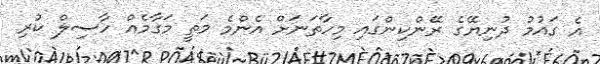
އެ ގައުމު ދުނިޔޭގެ ރޭންކިންގައި މިހާތަނަށް އެންމެ މަތީ މަގާމެއް ހާސިލް ކުރި